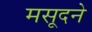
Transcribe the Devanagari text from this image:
मसूदने